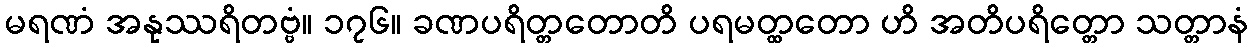
မရဏံ အနုဿရိတဗ္ဗံ။ ၁၇၆။ ခဏပရိတ္တတောတိ ပရမတ္ထတော ဟိ အတိပရိတ္တော သတ္တာနံ